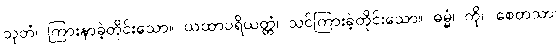
သုတံ၊ ကြားနာခဲ့တိုင်းသော။ ယထာပရိယတ္တံ၊ သင်ကြားခဲ့တိုင်းသော။ ဓမ္မံ၊ ကို။ စေတသာ၊